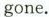
gone.